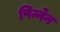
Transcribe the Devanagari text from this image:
पिन्नेन